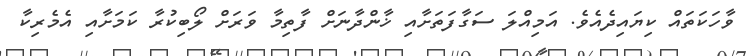
ވާހަކަތައް ކިޔައިދެއެވެ. އަމިއްލަ ސަގާފަތަށާއި ޚާންދާނަށް ފާތިމާ ވަރަށް ލޯބިކުރާ ކަމަށާއި އެމެރިކާ